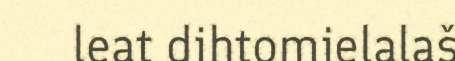
leat dihtomielalaš